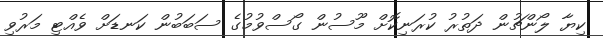
ކިޔާ ލޯންޗުން ދަތުރު ކުރަނިކޮށް މޫސުން ގޯސްވުމުގެ ސަބަބުން ކަނޑަށް ވެއްޓި މަރުވި